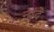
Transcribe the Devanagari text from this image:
नांदे